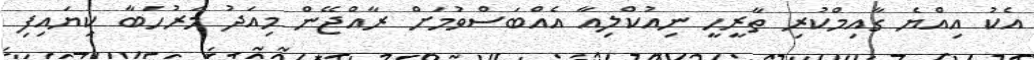
އެކު އިއްޔެ ގާއިމްކުރި ތާރީހީ ނިއުކްލިއާ އެއްބަސްވުމަށް ރާއްޖޭން މިއަދު މަރުހަބާ ކިޔައިފި